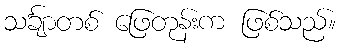
သင်္ချာတစ် ဖြေတုန်းက ဖြစ်သည်။